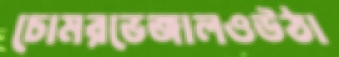
চোমরভেজালওউঠা